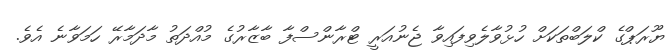
ޔޫރަޕްގެ ކްލަބްތަކަށް ހުޅުވާލެވިފައިވާ ޖެނުއަރީ ޓްރާންސްފާ ބާޒާރުގެ މުއްދަތު މާދަމާރޭ ހަމަވާނެ އެވެ.